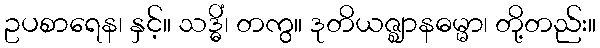
ဥပစာရေန၊ နှင့်။ သဒ္ဓိံ၊ တကွ။ ဒုတိယဇ္ဈာနဓမ္မာ၊ တို့တည်း။